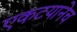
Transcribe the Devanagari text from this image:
एकटयानेच